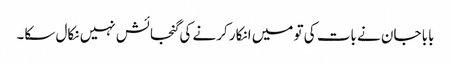
بابا جان نے بات کی تو میں انکار کرنے کی گنجائش نہیں نکال سکا۔